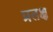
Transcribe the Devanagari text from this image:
प्रतक्ष